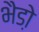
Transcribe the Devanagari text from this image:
भैडो़